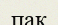
пақ